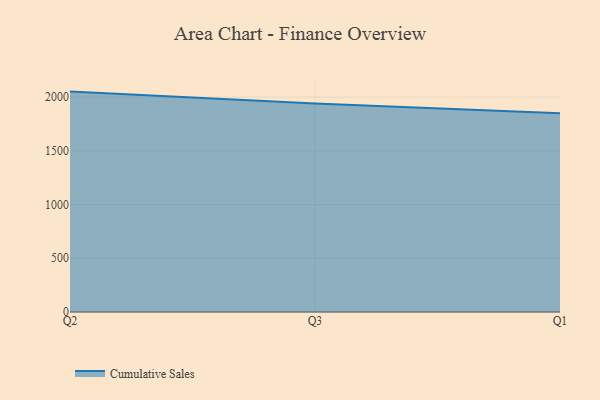
{"axis": {"x": "Quarter", "y": "Humidity (%)"}, "legend": ["Cumulative Sales"], "data": [{"x": "Q2", "y": 2051.4, "type": "Cumulative Sales"}, {"x": "Q3", "y": 1941.2, "type": "Cumulative Sales"}, {"x": "Q1", "y": 1850.0, "type": "Cumulative Sales"}]}